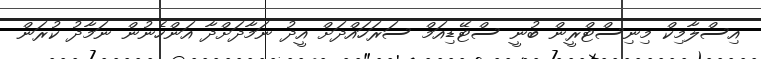
އިސްލާމިކް މިނިސްޓްރީން ބުނީ ސްޓޭޑިއަމް ސަރަހައްދަށް އީދު ނަމާދަށްދާ އަންހެނުން ނަމާދު ކުރަން